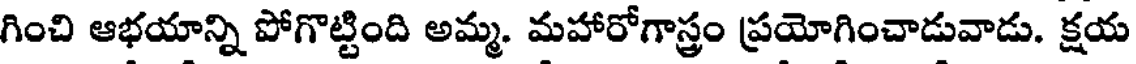
గించి ఆభయాన్ని పోగొట్టింది అమ్మ. మహారోగాస్త్రం ప్రయోగించాడువాడు. క్షయ